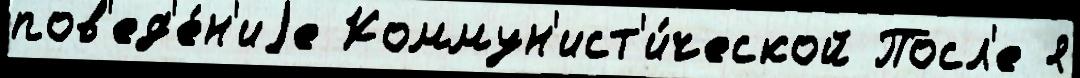
пов'ед'е́н'иjе Коммун'ист'и́ческой Посл'е я